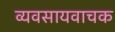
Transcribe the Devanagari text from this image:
व्यवसायवाचक